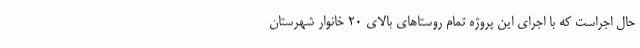
حال اجراست که با اجرای این پروژه تمام روستاهای بالای 20 خانوار شهرستان